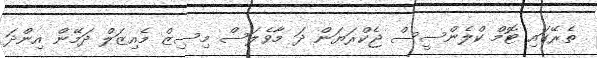
ތެރޭގައި ޓޮމް ކްލެންސީސް ޖެކްރަޔަން ދަ މާވެލަސް މިސިޒް މެއިޒަލް ދަމޭން އިންދަ